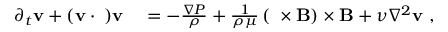
\begin{array} { r l } { \partial _ { t } \mathbf { v } + ( \mathbf { v } \cdot \mathbf { \nabla } ) \mathbf { v } } & { { } = - \frac { \nabla P } { \rho } + \frac { 1 } { \rho \mu } \left( \mathbf { \nabla } \times \mathbf { B } \right) \times \mathbf { B } + \nu \nabla ^ { 2 } \mathbf { v } ~ , } \end{array}